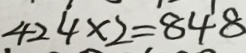
4 2 4 \times 2 = 8 4 8